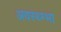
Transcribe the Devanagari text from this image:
अवस्थ्म्भा